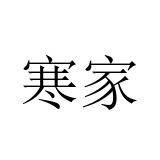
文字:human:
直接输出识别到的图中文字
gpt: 寒家